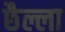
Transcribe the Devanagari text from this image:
छैल्ला